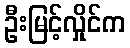
ဦးမြင့်လှိုင်က